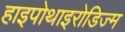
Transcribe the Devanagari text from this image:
हाइपोथाइरोडिज्म